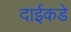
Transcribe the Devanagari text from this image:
दाईकडे